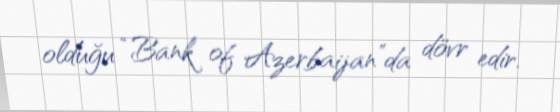
olduğu “Bank of Azerbaijan”da dövr edir.